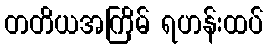
တတိယအကြိမ် ရဟန်းထပ်